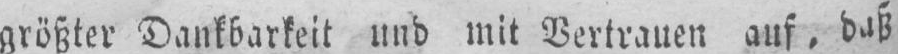
größter Dankbarkeit und mit Vertrauen auf, daß